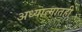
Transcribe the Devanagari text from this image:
अध्यात्मातही